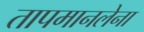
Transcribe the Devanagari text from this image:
तापमानलेना